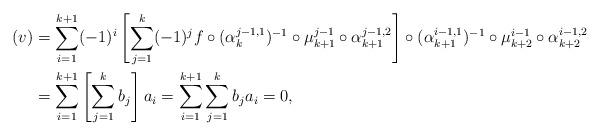
LaTeX: \begin{align*}(v)&=\sum^{k+1}_{i=1}(-1)^{i}\left[\sum^{k}_{j=1}(-1)^{j}f \circ (\alpha^{j-1,1}_{k})^{-1} \circ \mu^{j-1}_{k+1} \circ \alpha^{j-1,2}_{k+1}\right] \circ (\alpha^{i-1,1}_{k+1})^{-1} \circ \mu^{i-1}_{k+2} \circ \alpha^{i-1,2}_{k+2}\\ &=\sum^{k+1}_{i=1}\left[\sum^{k}_{j=1}b_j\right]a_i=\sum^{k+1}_{i=1}\sum^{k}_{j=1}b_ja_i=0, \end{align*}